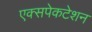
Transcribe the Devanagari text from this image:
एक्सपेकटेशन